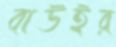
বাউইর